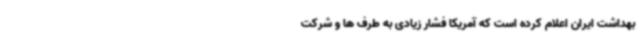
بهداشت ایران اعلام کرده است که آمریکا فشار زیادی به طرف ها و شرکت